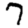
Digit: 7